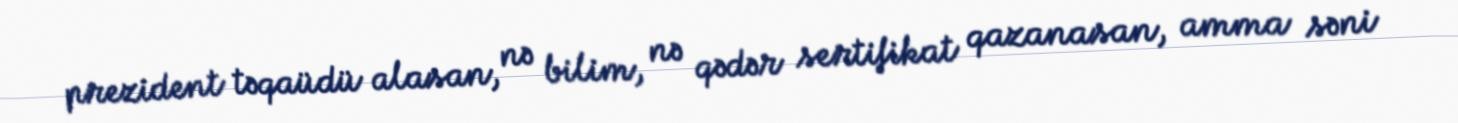
prezident təqaüdü alasan, nə bilim, nə qədər sertifikat qazanasan, amma səni